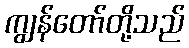
ကျွန်တော်တို့သည်